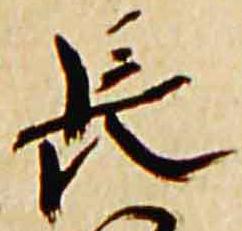
長